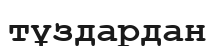
тұздардан